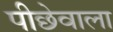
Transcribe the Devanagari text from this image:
पीछेवाला